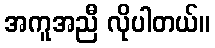
အကူအညီ လိုပါတယ်။